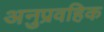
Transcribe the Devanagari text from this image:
अनुप्रवहिक